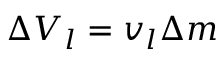
\Delta V _ { l } = v _ { l } \Delta m